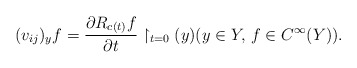
\begin{align*}(v_{ij})_yf = \frac{\partial R_{c(t)}f}{\partial t} \restriction_{t=0}(y)(y \in Y,\, f \in C^\infty(Y)).\end{align*}